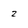
Character: 2